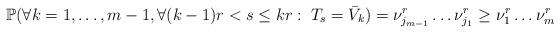
LaTeX: \begin{align*} \mathbb P ( \forall k=1,\ldots,m-1, \forall (k-1)r<s\leq kr:\; T_s = \bar V_k) = \nu_{j_{m-1}}^r\ldots \nu^r_{j_1} \geq \nu_1^r\ldots \nu_m^r\end{align*}